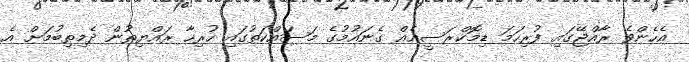
އެހެންވެ ރާއްޖޭގައި ފުރިހަމަ ޑިމޮކްރަސީއެއް ގެނައުމުގެ މަސައްކަތުގައި ހުރިހާ ރައްޔިތުން ދެމިތިބުމަށް އެ